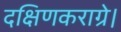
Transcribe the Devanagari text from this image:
दक्षिणकराग्रे।